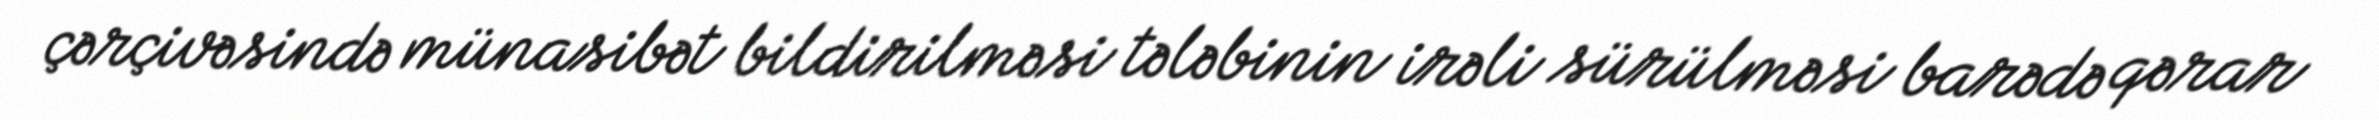
çərçivəsində münasibət bildirilməsi tələbinin irəli sürülməsi barədə qərar